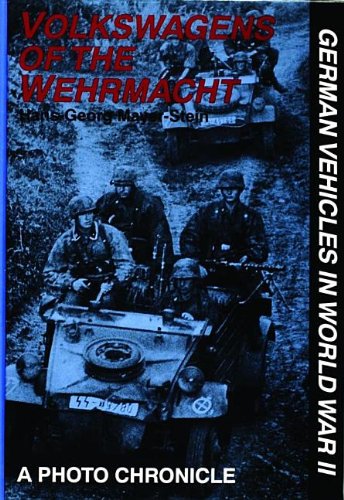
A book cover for Volkswagens of the Wehrmacht: A Photo Chronicle (German Vehicles in World War II); Hans-Georg Mayer-Stein; Engineering & Transportation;